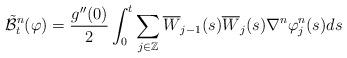
LaTeX: \begin{align*}\tilde{ \mathcal{B} }^n_t ( \varphi ) = \frac{ g^{ \prime \prime } (0) }{ 2 } \int_0^t \sum_{ j \in \mathbb{Z} } \overline{W}_{ j -1 } (s) \overline{W}_j (s) \nabla^n \varphi^n_j (s) ds \end{align*}